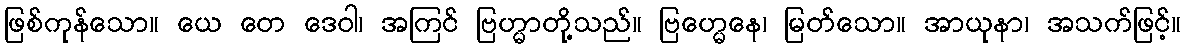
ဖြစ်ကုန်သော။ ယေ တေ ဒေဝါ၊ အကြင် ဗြဟ္မာတို့သည်။ ဗြဟ္မေနေ၊ မြတ်သော။ အာယုနာ၊ အသက်ဖြင့်။